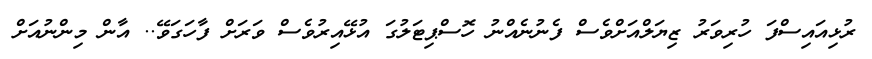
ރުޅިއައިސްފަ ހުރިވަރު ޒިޔަލްއަށްވެސް ފެނުނެއްނު ހޮސްޕިޓަލުގަ އުޅޭއިރުވެސް ވަރަށް ފާހަގަވޭ.. އާން މިންނުއަށް